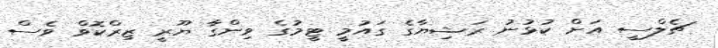
ޗެލްސީ އަށް ކުޅުނު ރަޝިޔާގެ ގައުމީ ޓީމުގެ ވިންގާ ޔޫރީ ޒިރްކޮވް ވެސް